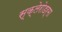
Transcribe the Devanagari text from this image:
स्क्‍लेरोडर्मा